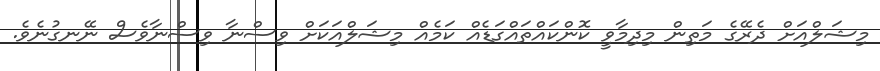
މިޝަލްއަށް ދެރޭގެ މަތިން މިދިމާވީ ކޮންކައްތައްގަޑެއް ކަމެއް މިޝަލްއަކަށް ވިސްނާ ވިސްނާވެސް ނޭނގުނެވެ.